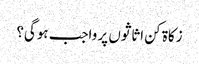
زکاۃ کن اثاثوں پر واجب ہوگی؟